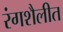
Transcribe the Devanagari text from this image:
रंगशैलीत